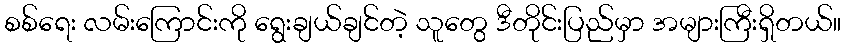
စစ်ရေး လမ်းကြောင်းကို ရွေးချယ်ချင်တဲ့ သူတွေ ဒီတိုင်းပြည်မှာ အများကြီးရှိတယ်။